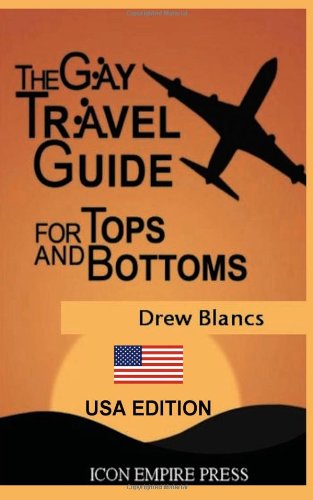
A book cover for The Gay Travel Guide For Tops And Bottoms: USA Edition; Drew Blancs; Gay & Lesbian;